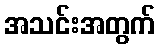
အသင်းအတွက်